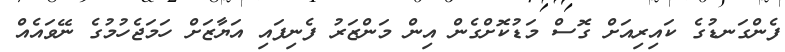
ފެންގަނޑުގެ ކައިރިއަށް ގޮސް މަޑުކޮށްގެން އިން މަންޒަރު ފެނިފައި އަޔާޒަށް ހަމަޖެހުމުގެ ނޭވައެއް